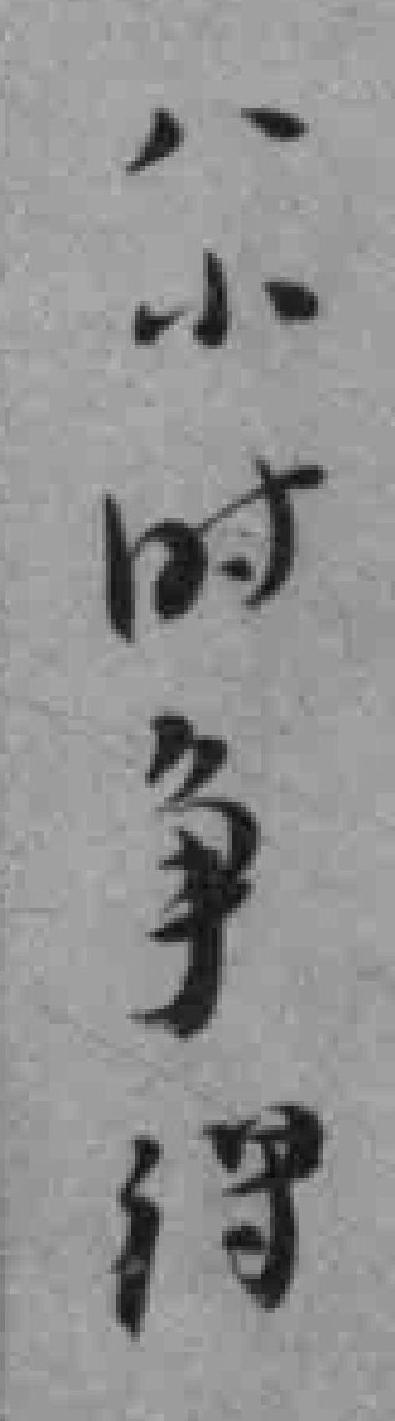
八小时争得